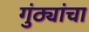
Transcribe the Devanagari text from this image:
गुंठ्यांचा